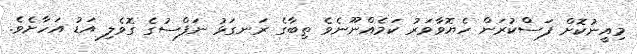
މިއީނުކޮށް ފަސްކުރަން ހެޔޮވާވަރު ކަމެއްނޫނެވެ ތިބާގެ ރަނގަޅު ނަފްސުގެ ގޮވެލި އަޑު އަހާށެވެ.